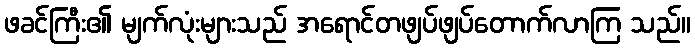
ဖခင်ကြီး၏ မျက်လုံးများသည် အရောင်တဖျပ်ဖျပ်တောက်လာကြ သည်။